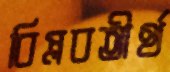
বিপ্লবতীর্থ